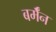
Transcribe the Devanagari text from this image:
बर्मॅन